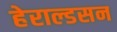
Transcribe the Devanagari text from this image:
हेराल्डसन